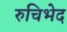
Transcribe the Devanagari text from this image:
रुचिभेद